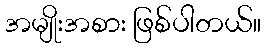
အမျိုးအစား ဖြစ်ပါတယ်။